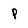
Character: p